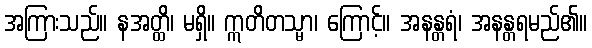
အကြားသည်။ နအတ္ထိ၊ မရှိ။ ဣတိတသ္မာ၊ ကြောင့်။ အနန္တရံ၊ အနန္တရမည်၏။